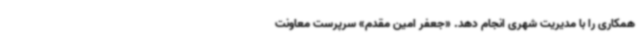
همکاری را با مدیریت شهری انجام دهد. «جعفر امین مقدم» سرپرست معاونت